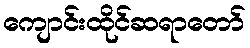
ကျောင်းထိုင်ဆရာတော်